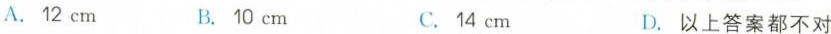
A.12cm B.10cm C.14cm D.以上答案都不对